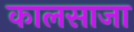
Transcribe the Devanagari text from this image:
कालसाजा